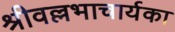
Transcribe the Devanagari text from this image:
श्रीवल्लभाचार्यका